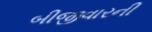
બીજીવારની